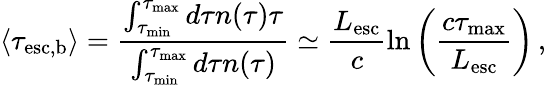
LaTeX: \langle\tau_{\mathrm{esc,b}}\rangle=\frac{\int_{\tau_{\mathrm{min}}}^{\tau_{\mathrm{max}}}d\tau n(\tau)\tau}{\int_{\tau_{\mathrm{min}}}^{\tau_{\mathrm{max}}}d\tau n(\tau)}\simeq\frac{L_{\mathrm{esc}}}{c}\ln{\left(\frac{c\tau_{\mathrm{max}}}{L_{\mathrm{esc}}}\right)}\, ,